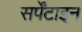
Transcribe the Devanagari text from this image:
सर्पेंटाइन